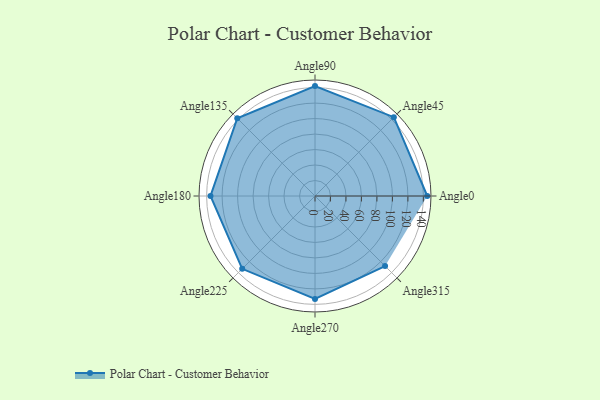
{"axis": {"x": "Angle", "y": "Radius"}, "legend": [""], "data": [{"x": "Angle0", "y": 145.0, "type": ""}, {"x": "Angle45", "y": 144.0, "type": ""}, {"x": "Angle90", "y": 142.0, "type": ""}, {"x": "Angle135", "y": 142.0, "type": ""}, {"x": "Angle180", "y": 135.0, "type": ""}, {"x": "Angle225", "y": 133.0, "type": ""}, {"x": "Angle270", "y": 133.0, "type": ""}, {"x": "Angle315", "y": 128.0, "type": ""}]}